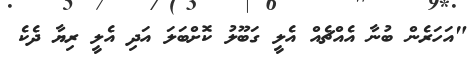
"އަހަރެން ބުނާ އެއްޗެއް އެލީ ގަބޫލު ކޮށްބަލަ އަދި އެލީ ރިޔާ ދެކެ